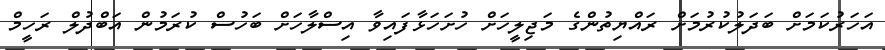
އަހަރުކަމަށް ބަދަލުކުރުމަށް ރައްޔިތުންގެ މަޖިލީހަށް ހުށަހަޅާފައިވާ އިސްލާހަށް ބަހުސް ކުރަމުން އަބްދުލް ރަހީމް